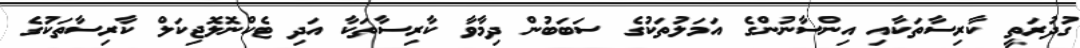
ގުދުރަތީ ކާރިސާތަކާއި އިންސާނުންގެ އަަމަލުތަކުގެ ސަބަބުން ދިމާވާ ކާރިސާތަކާ އަދި ޓެކްނޮލޮޖިކަލް ކާރިސާތަކުގެ